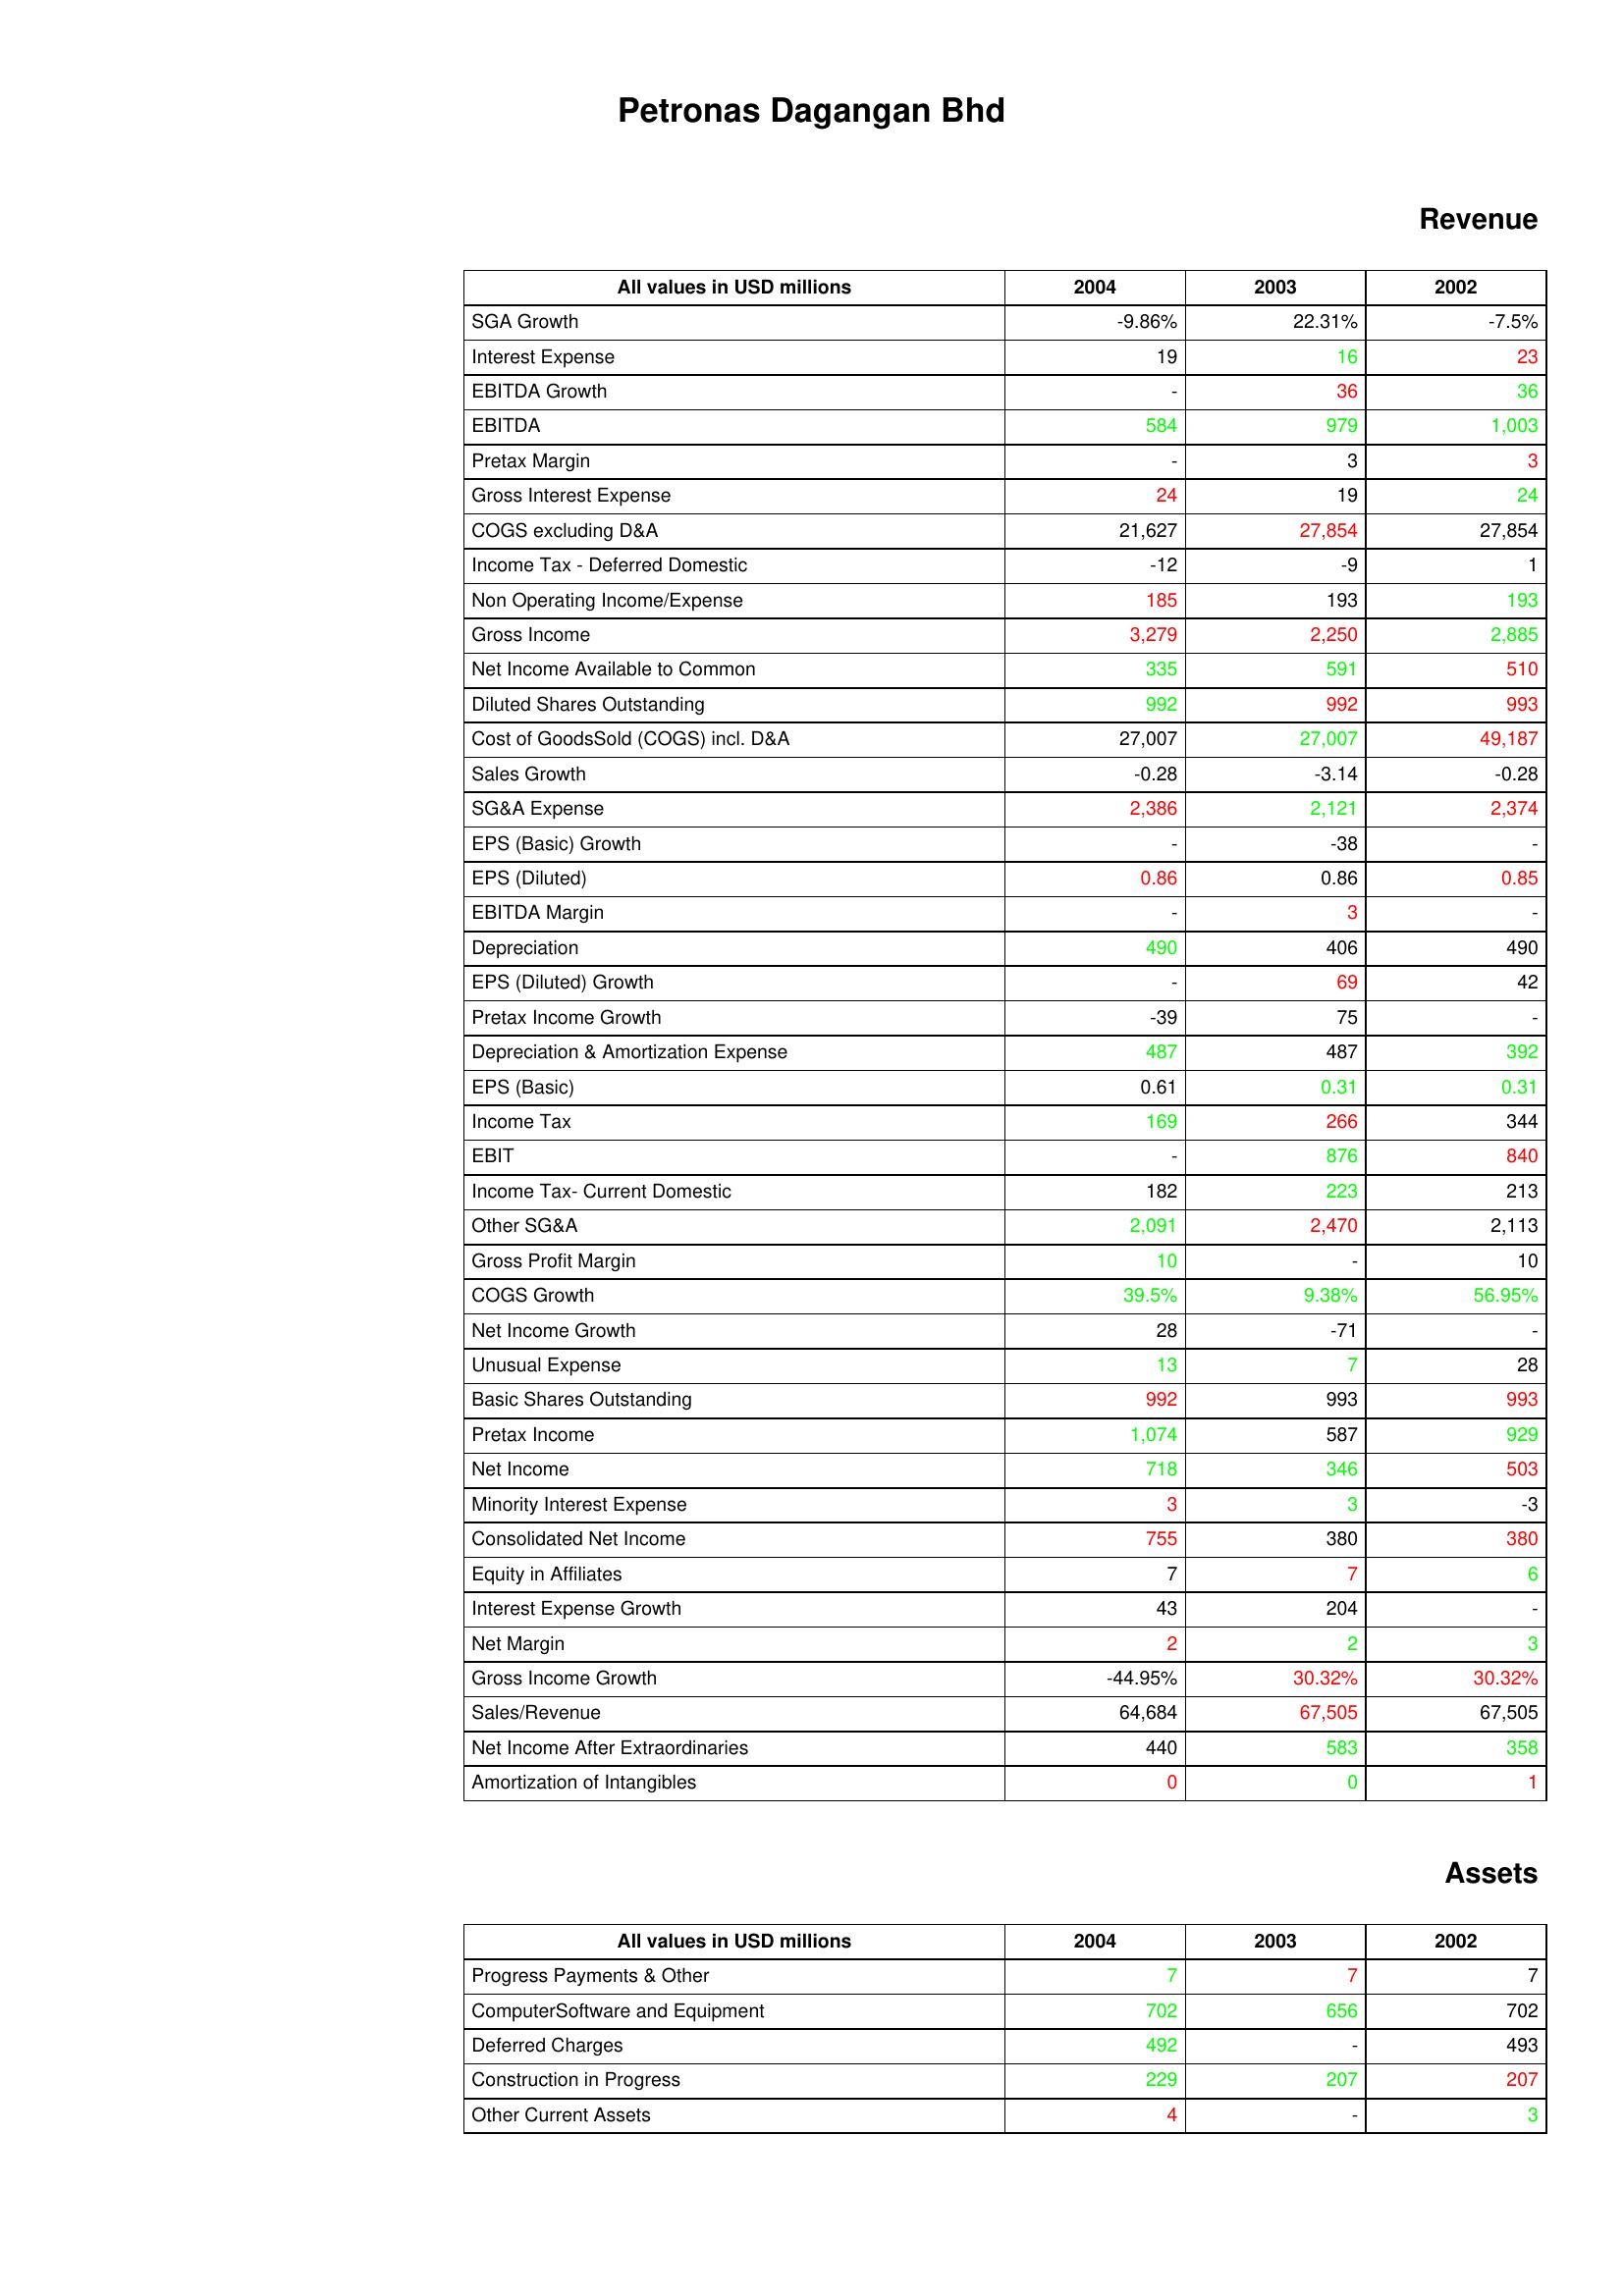
gt_parse: 2004: Revenue: SGA Growth: -9.86%
Interest Expense: 19
EBITDA Growth: -
EBITDA: 584
Pretax Margin: -
Gross Interest Expense: 24
COGS excluding D&A: 21,627
Income Tax - Deferred Domestic: -12
Non Operating Income/Expense: 185
Gross Income: 3,279
Net Income Available to Common: 335
Diluted Shares Outstanding: 992
Cost of GoodsSold (COGS) incl. D&A: 27,007
Sales Growth: -0.28
SG&A Expense: 2,386
EPS (Basic) Growth: -
EPS (Diluted): 0.86
EBITDA Margin: -
Depreciation: 490
EPS (Diluted) Growth: -
Pretax Income Growth: -39
Depreciation & Amortization Expense: 487
EPS (Basic): 0.61
Income Tax: 169
EBIT: -
Income Tax- Current Domestic: 182
Other SG&A: 2,091
Gross Profit Margin: 10
COGS Growth: 39.5%
Net Income Growth: 28
Unusual Expense: 13
Basic Shares Outstanding: 992
Pretax Income: 1,074
Net Income: 718
Minority Interest Expense: 3
Consolidated Net Income: 755
Equity in Affiliates: 7
Interest Expense Growth: 43
Net Margin: 2
Gross Income Growth: -44.95%
Sales/Revenue: 64,684
Net Income After Extraordinaries: 440
Amortization of Intangibles: 0
Assets: Progress Payments & Other: 7
ComputerSoftware and Equipment: 702
Deferred Charges: 492
Construction in Progress: 229
Other Current Assets: 4
2003: Revenue: SGA Growth: 22.31%
Interest Expense: 16
EBITDA Growth: 36
EBITDA: 979
Pretax Margin: 3
Gross Interest Expense: 19
COGS excluding D&A: 27,854
Income Tax - Deferred Domestic: -9
Non Operating Income/Expense: 193
Gross Income: 2,250
Net Income Available to Common: 591
Diluted Shares Outstanding: 992
Cost of GoodsSold (COGS) incl. D&A: 27,007
Sales Growth: -3.14
SG&A Expense: 2,121
EPS (Basic) Growth: -38
EPS (Diluted): 0.86
EBITDA Margin: 3
Depreciation: 406
EPS (Diluted) Growth: 69
Pretax Income Growth: 75
Depreciation & Amortization Expense: 487
EPS (Basic): 0.31
Income Tax: 266
EBIT: 876
Income Tax- Current Domestic: 223
Other SG&A: 2,470
Gross Profit Margin: -
COGS Growth: 9.38%
Net Income Growth: -71
Unusual Expense: 7
Basic Shares Outstanding: 993
Pretax Income: 587
Net Income: 346
Minority Interest Expense: 3
Consolidated Net Income: 380
Equity in Affiliates: 7
Interest Expense Growth: 204
Net Margin: 2
Gross Income Growth: 30.32%
Sales/Revenue: 67,505
Net Income After Extraordinaries: 583
Amortization of Intangibles: 0
Assets: Progress Payments & Other: 7
ComputerSoftware and Equipment: 656
Deferred Charges: -
Construction in Progress: 207
Other Current Assets: -
2002: Revenue: SGA Growth: -7.5%
Interest Expense: 23
EBITDA Growth: 36
EBITDA: 1,003
Pretax Margin: 3
Gross Interest Expense: 24
COGS excluding D&A: 27,854
Income Tax - Deferred Domestic: 1
Non Operating Income/Expense: 193
Gross Income: 2,885
Net Income Available to Common: 510
Diluted Shares Outstanding: 993
Cost of GoodsSold (COGS) incl. D&A: 49,187
Sales Growth: -0.28
SG&A Expense: 2,374
EPS (Basic) Growth: -
EPS (Diluted): 0.85
EBITDA Margin: -
Depreciation: 490
EPS (Diluted) Growth: 42
Pretax Income Growth: -
Depreciation & Amortization Expense: 392
EPS (Basic): 0.31
Income Tax: 344
EBIT: 840
Income Tax- Current Domestic: 213
Other SG&A: 2,113
Gross Profit Margin: 10
COGS Growth: 56.95%
Net Income Growth: -
Unusual Expense: 28
Basic Shares Outstanding: 993
Pretax Income: 929
Net Income: 503
Minority Interest Expense: -3
Consolidated Net Income: 380
Equity in Affiliates: 6
Interest Expense Growth: -
Net Margin: 3
Gross Income Growth: 30.32%
Sales/Revenue: 67,505
Net Income After Extraordinaries: 358
Amortization of Intangibles: 1
Assets: Progress Payments & Other: 7
ComputerSoftware and Equipment: 702
Deferred Charges: 493
Construction in Progress: 207
Other Current Assets: 3